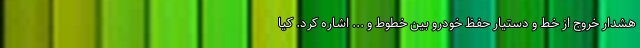
هشدار خروج از خط و دستیار حفظ خودرو بین خطوط و ... اشاره کرد. کیا